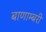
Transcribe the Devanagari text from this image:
बाणाम्बरी